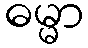
ဓမ္မာ